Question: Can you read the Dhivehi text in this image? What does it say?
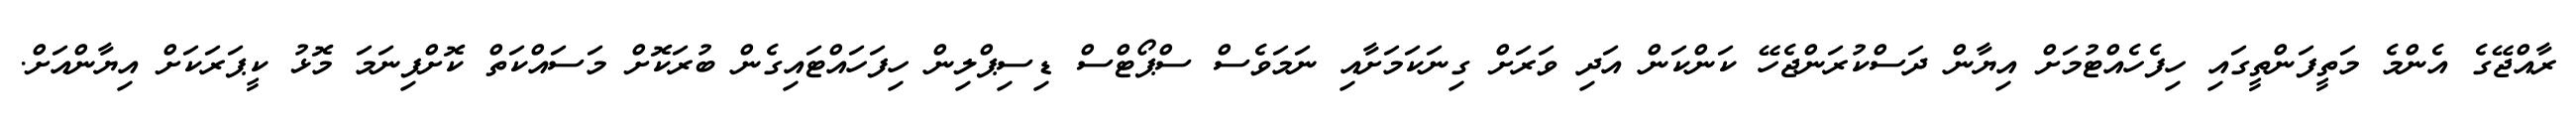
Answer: ރާއްޖޭގެ އެންމެ މަތީފަންތީގައި ހިފެހެއްޓުމަށް އިޔާން ދަސްކުރަންޖެހޭ ކަންކަން އަދި ވަރަށް ގިނަކަމަށާއި ނަމަވެސް ސްޕޯޓްސް ޑިސިޕްލިން ހިފަހައްޓައިގެން ބުރަކޮށް މަސައްކަތް ކޮށްފިނަމަ މޮޅު ކީޕަރަކަށް އިޔާންއަށް.